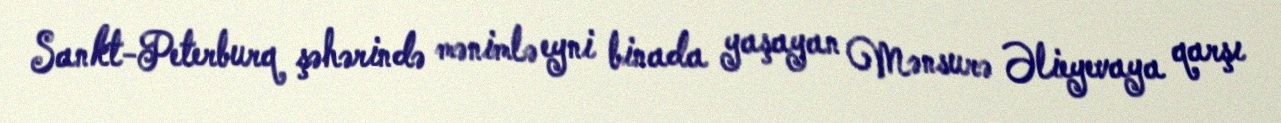
Sankt-Peterburq şəhərində mənimlə eyni binada yaşayan Mənsurə Əlieyevaya qarşı